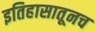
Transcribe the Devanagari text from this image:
इतिहासातूनच